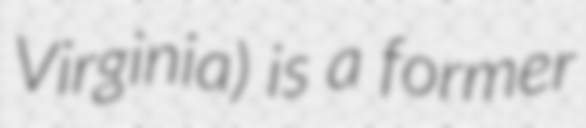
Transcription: Virginia) is a former